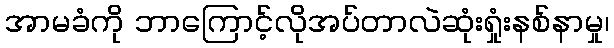
အာမခံကို ဘာကြောင့်လိုအပ်တာလဲဆုံးရှုံးနစ်နာမှု၊